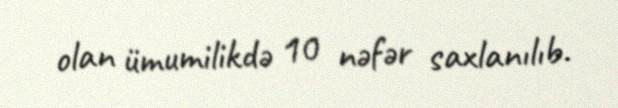
olan ümumilikdə 10 nəfər saxlanılıb.